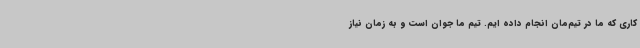
کاری که ما در تیم‌مان انجام داده ایم. تیم ما جوان است و به زمان نیاز